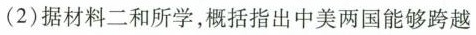
2)据材料二和所学，概括指出中美两国能够跨越